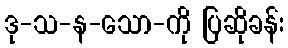
ဒု-သ-န-သော-ကို ပြဆိုခန်း